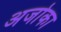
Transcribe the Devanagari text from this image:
अजोका